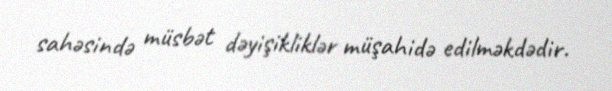
sahəsində müsbət dəyişikliklər müşahidə edilməkdədir.